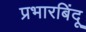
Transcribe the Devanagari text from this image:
प्रभारबिंदू